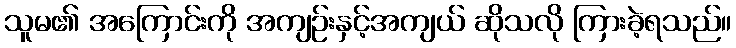
သူမ၏ အကြောင်းကို အကျဉ်းနှင့်အကျယ် ဆိုသလို ကြားခဲ့ရသည်။